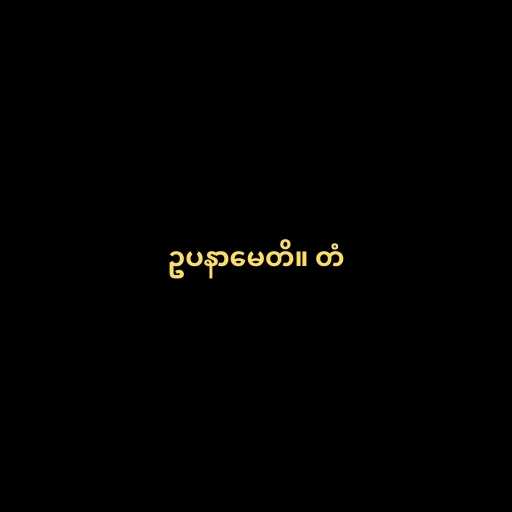
ဥပနာမေတိ။ တံ